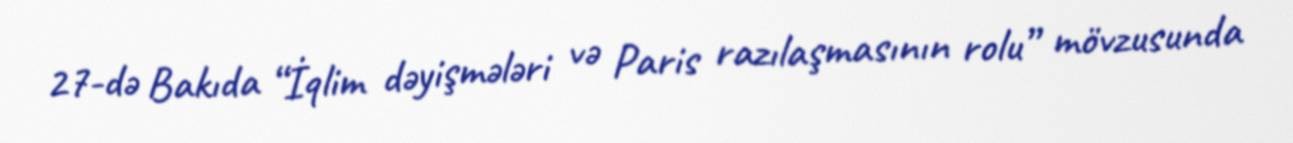
27-də Bakıda “İqlim dəyişmələri və Paris razılaşmasının rolu” mövzusunda